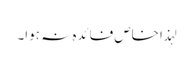
لہذا خاص فائدہ نہ ہوا۔